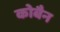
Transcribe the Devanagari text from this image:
कोबैन